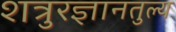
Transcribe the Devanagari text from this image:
शत्रुरज्ञानतुल्य